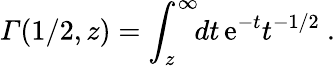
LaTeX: {\mit\Gamma}(1/2,z)=\int_{z}^{\infty}\! \! dt\, {\mathrm e}^{-t}t^{-1/2}\ .